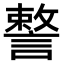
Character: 𧫣